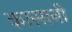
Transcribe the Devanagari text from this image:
कासानी